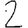
Digit: 2